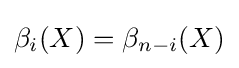
\beta _{i}(X)=\beta _{n-i}(X)